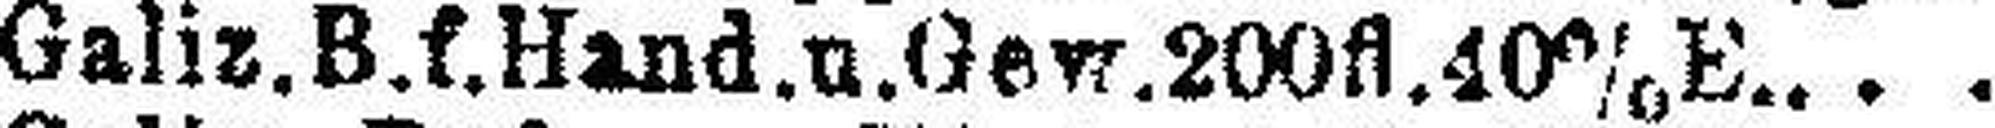
Galiz.B.f.Hand. u. Gew. 200fl. 40% E.